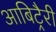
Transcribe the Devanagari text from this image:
आबिट्रैरी